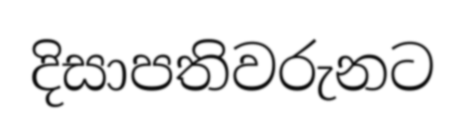
දිසාපතිවරුනට